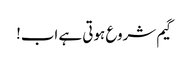
گیم شروع ہوتی ہے اب!